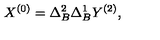
X ^ { ( 0 ) } = \Delta _ { B } ^ { 2 } \Delta _ { B } ^ { 1 } Y ^ { ( 2 ) } ,